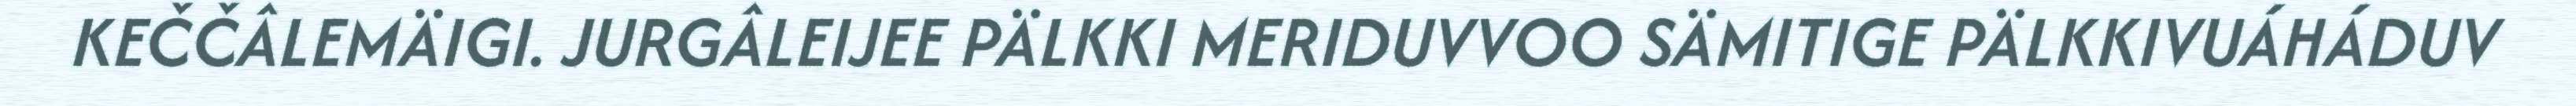
KEČČÂLEMÄIGI. JURGÂLEIJEE PÄLKKI MERIDUVVOO SÄMITIGE PÄLKKIVUÁHÁDUV